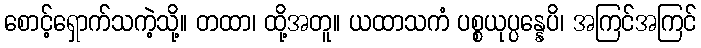
စောင့်ရှောက်သကဲ့သို့။ တထာ၊ ထို့အတူ။ ယထာသကံ ပစ္စယုပ္ပန္နေပိ၊ အကြင်အကြင်